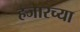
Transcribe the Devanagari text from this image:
हजारच्या